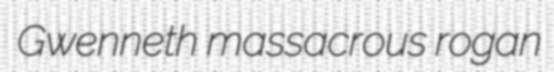
Gwenneth massacrous rogan